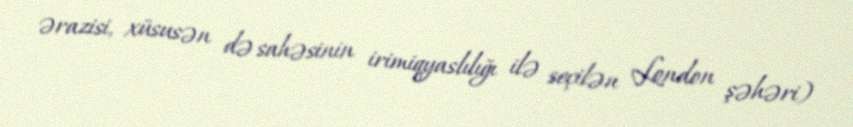
ərazisi, xüsusən də sahəsinin irimiqyaslılığı ilə seçilən London şəhəri)